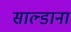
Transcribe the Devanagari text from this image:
साल्डाना